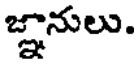
జ్ఞానులు.